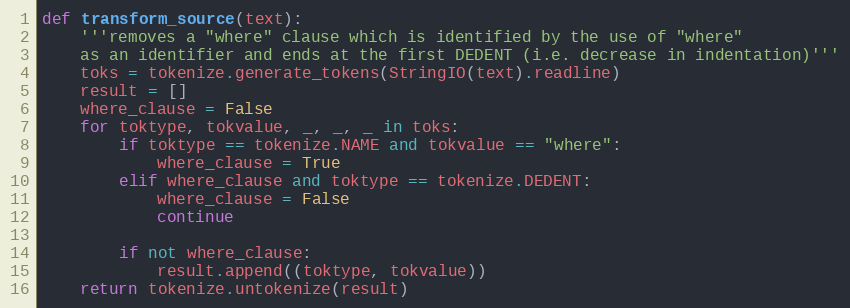
Language: Python
def transform_source(text):
    '''removes a "where" clause which is identified by the use of "where"
    as an identifier and ends at the first DEDENT (i.e. decrease in indentation)'''
    toks = tokenize.generate_tokens(StringIO(text).readline)
    result = []
    where_clause = False
    for toktype, tokvalue, _, _, _ in toks:
        if toktype == tokenize.NAME and tokvalue == "where":
            where_clause = True
        elif where_clause and toktype == tokenize.DEDENT:
            where_clause = False
            continue

        if not where_clause:
            result.append((toktype, tokvalue))
    return tokenize.untokenize(result)